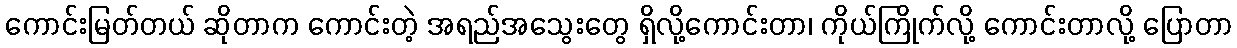
ကောင်းမြတ်တယ် ဆိုတာက ကောင်းတဲ့ အရည်အသွေးတွေ ရှိလို့ကောင်းတာ၊ ကိုယ်ကြိုက်လို့ ကောင်းတာလို့ ပြောတာ